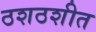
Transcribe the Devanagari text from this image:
ठशठशीत